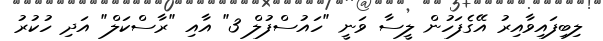
ލިބިފައިވާއިރު އޭގެފަހުން ލީސާ ވަނީ "ހައުސްފުލް 3" އާއި "ރާސްކަލް" އަދި ހުކުރު